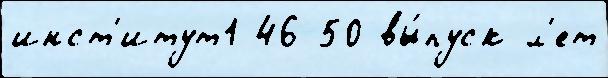
инст'итут1 46-50 вы́пуск л'ет